Riigikantselei, lk 6
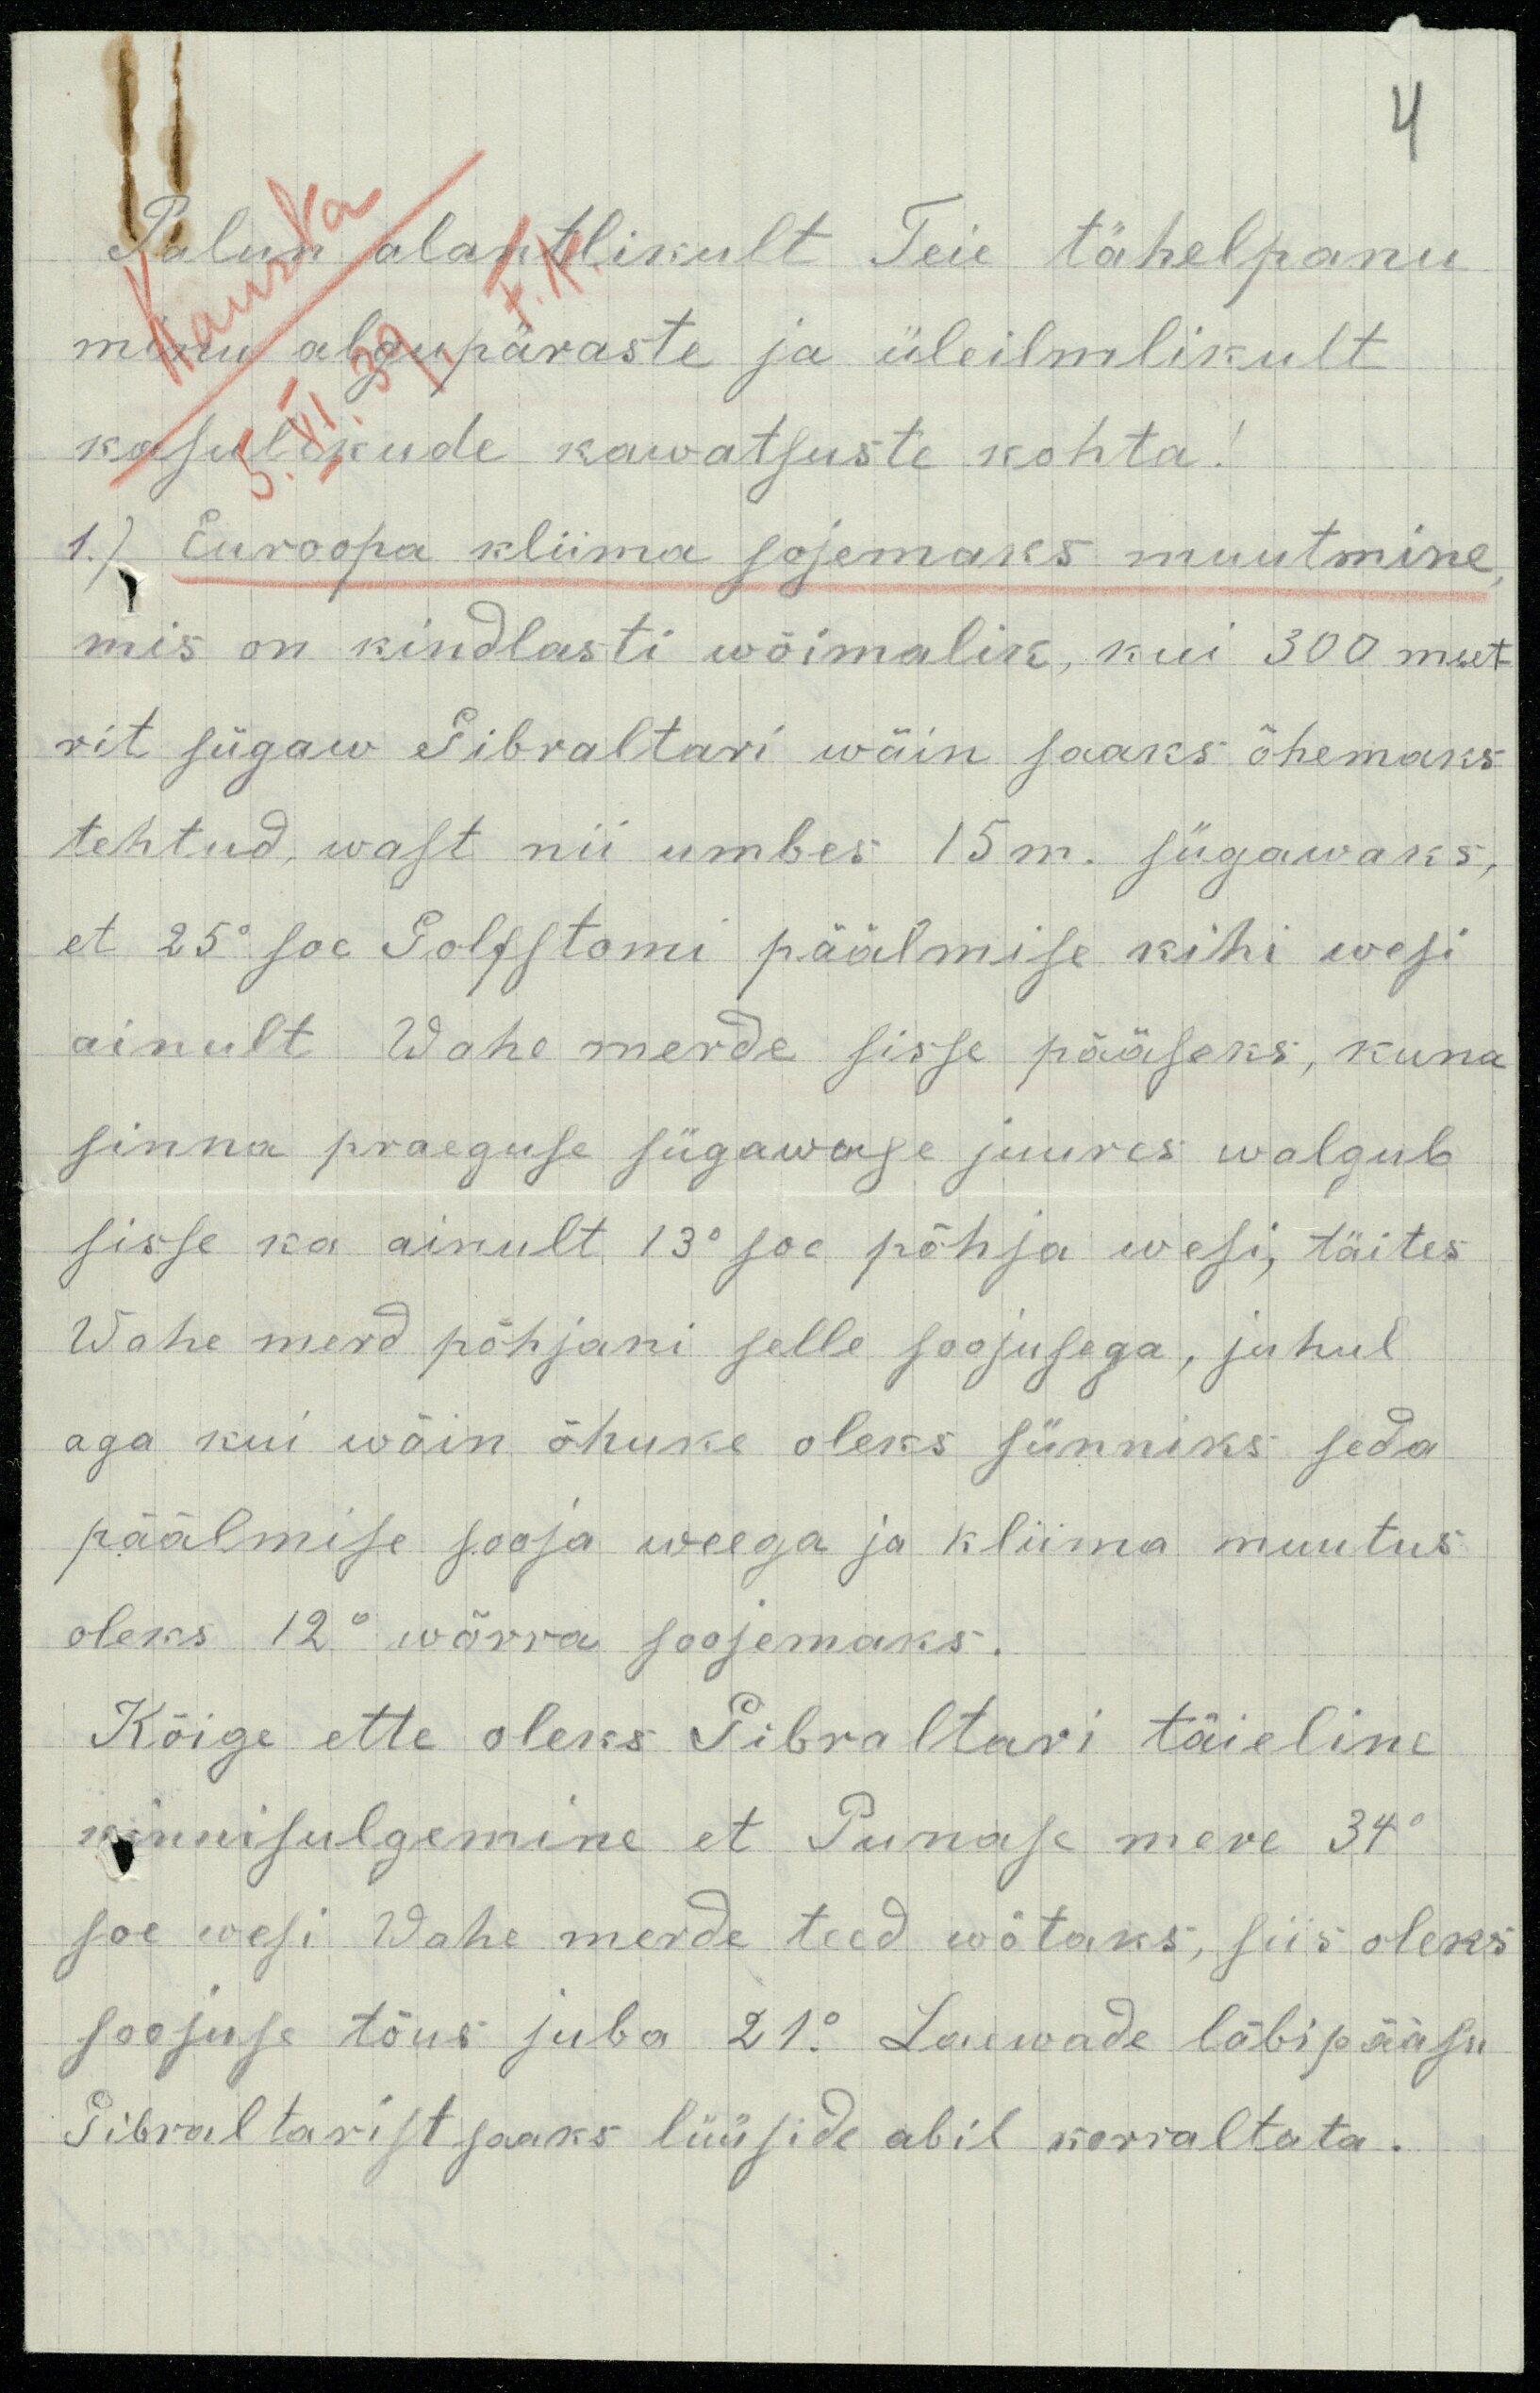
4
Palun alantlikult Teie tähelepanu
minu algupäraste ja üleilmlikult
kasulikude kawatsuste kohta!
1.) Euroopa kliima sojemaks muutmine
mis on kindlasti wõimalik, kui 300 meet-
rit sügaw Gibraltari wäin saaks õhemaks
tehtud, wast nii umbes 15m. sügawaks,
et 25° soe Golfstomi päälmise kihi wesi
ainult Wahe merde sisse pääseks, kuna
sinna praeguse sügawage juures walgub
sisse ka ainult 13° soe põhja wesi, täites
Wahe merd põhjani selle soojusega, juhul
aga kui wäin õhuke oleks sünniks seda
päälmise sooja weega ja kliima muutus
oleks 12° wõrra soojemaks.
Kõige ette oleks Gibraltari täieline
kinnisulgemine et Punase mere 34°
soe wesi Wahe merde teed wõtaks, siis oleks
soojuse tõus juba 21.° Laewade läbipääsu
Gibraltarist saaks lüüside abil korraltata.